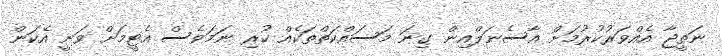
ނަތީޖާ އެއްވަރުކުރުމަށް އާސެނަލްއިން ގިނަ މަސައްކަތްތަކެއް ކުރި ނަމަވެސް އެޓީމަށް ވަނީ އެކަން